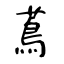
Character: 蔦